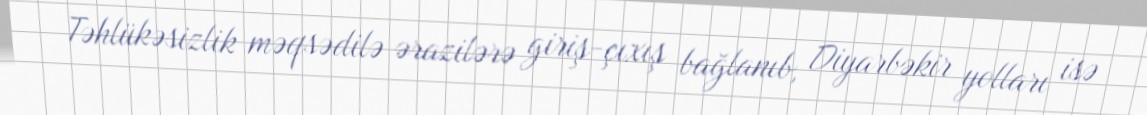
Təhlükəsizlik məqsədilə ərazilərə giriş-çıxış bağlanıb, Diyarbəkir yolları isə